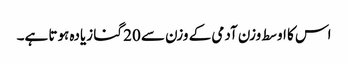
اس کا اوسط وزن آدمی کے وزن سے 20 گنا زیادہ ہوتا ہے۔